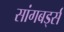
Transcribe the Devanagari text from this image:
सांगबर्ड्स